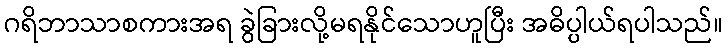
ဂရိဘာသာစကားအရ ခွဲခြားလို့မရနိုင်သောဟူပြီး အဓိပ္ပါယ်ရပါသည်။